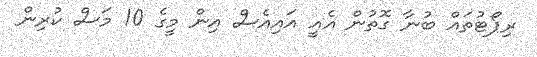
ރިޕޯޓުތައް ބުނާ ގޮތުން އެއީ އައިއެސް އިން މީގެ 10 މަސް ކުރިން